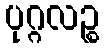
ပုဂ္ဂလဉ္စ